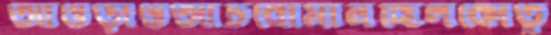
আওড়াওআঁটবোমানছিলকৌতূ